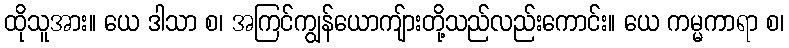
ထိုသူအား။ ယေ ဒါသာ စ၊ အကြင်ကျွန်ယောကျ်ားတို့သည်လည်းကောင်း။ ယေ ကမ္မကာရာ စ၊